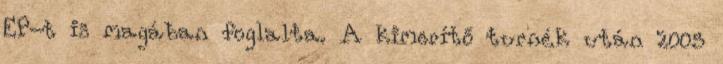
EP-t is magában foglalta. A kimerítő turnék után 2005